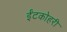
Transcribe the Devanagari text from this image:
ईंटकोहरी